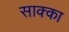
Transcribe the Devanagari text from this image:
साक्का